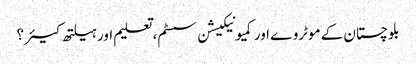
بلوچستان کے موٹروے اور کمیونیکیشن سسٹم، تعلیم اور ہیلتھ کیئر ؟